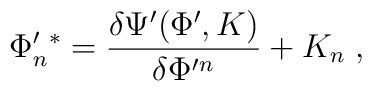
\Phi'_n{}^*=\frac{\delta\Psi'(\Phi',K)}{\delta\Phi'{}^n}+K_n\;,